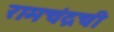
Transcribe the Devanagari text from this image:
रामचंद्रची